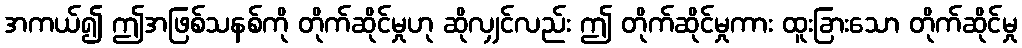
အကယ်၍ ဤအဖြစ်သနစ်ကို တိုက်ဆိုင်မှုဟု ဆိုလျှင်လည်း ဤ တိုက်ဆိုင်မှုကား ထူးခြားသော တိုက်ဆိုင်မှု